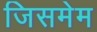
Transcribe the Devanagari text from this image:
जिसमेम